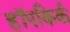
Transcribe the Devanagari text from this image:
हॉपकिर्क